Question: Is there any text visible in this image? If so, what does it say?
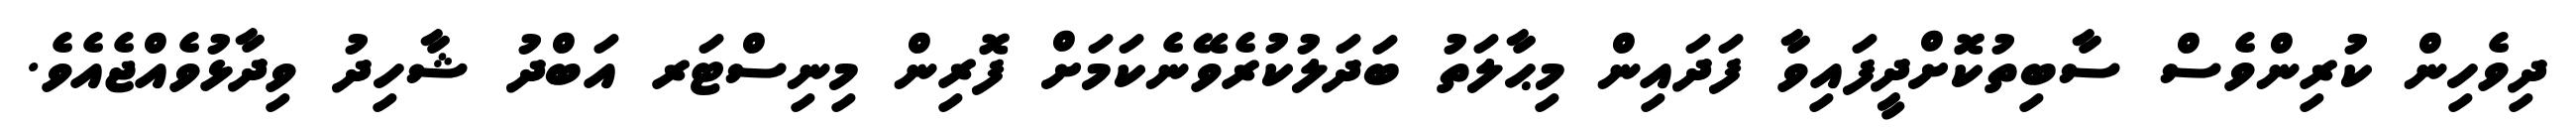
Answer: ދިވެހިން ކުރިންވެސް ސާބިތުކޮށްދީފައިވާ ފަދައިން މިޙާލަތު ބަދަލުކުރެވޭނެކަމަށް ފޮރިން މިނިސްޓަރ އަބްދު ޝާހިދު ވިދާޅުވެއްޖެއެވެ.